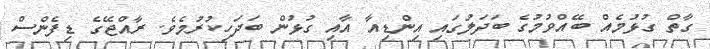
ގާތް ގުޅުމެއް ބޭއްވުމުގެ ބަދަލުގައި އިންޑިއާ އާއި ގުޅުން ބަދަހިކުރުމެވެ. ރާއްޖޭގެ ޑިފެންސް